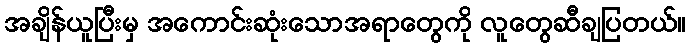
အချိန်ယူပြီးမှ အကောင်းဆုံးသောအရာတွေကို လူတွေဆီချပြတယ်။